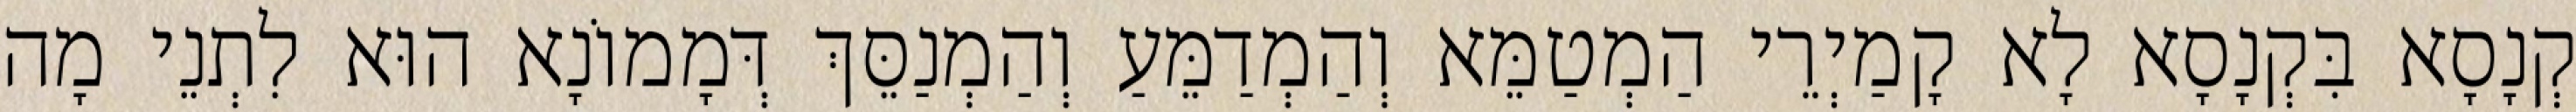
קְנָסָא בִּקְנָסָא לָא קָמַיְרֵי הַמְטַמֵּא וְהַמְדַמֵּעַ וְהַמְנַסֵּךְ דְּמָמוֹנָא הוּא לִתְנֵי מָה